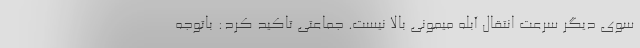
سوی دیگر سرعت انتقال آبله میمونی بالا نیست. جماعتی تاکید کرد: باتوجه